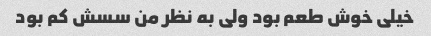
خیلی خوش طعم بود ولی به نظر من سسش کم بود